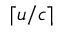
\lceil u / c \rceil